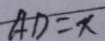
A D = x